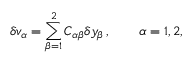
\delta v _ { \alpha } = \sum _ { \beta = 1 } ^ { 2 } C _ { \alpha \beta } \delta y _ { \beta } \, , \qquad \alpha = 1 , 2 ,